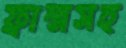
ফ্রান্সসহ